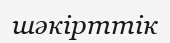
шәкірттік